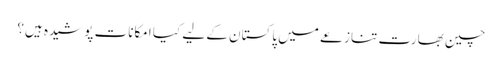
چین بھارت تنازعے میں پاکستان کے لیے کیا امکانات پوشیدہ ہیں؟